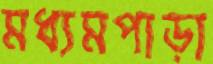
মধ্যমপাড়া